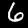
Label: 6